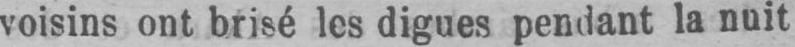
voisins ont brisé les digues pendant la nuit